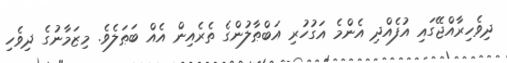
ދިވެހިރާއްޖޭގައި އުފެއްދި އެންމެ އަގުހުރި އަބްޠާލުންގެ ތެރެއިން އެއް ބަޠަލެވެ. މިޒަމާނުގެ ދިވެހި